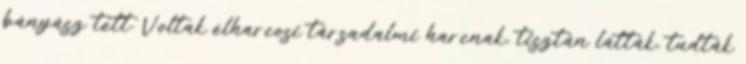
bányász tett. Voltak élharcosi társadalmi harcnak, tisztán látták, tudták